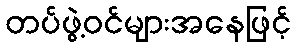
တပ်ဖွဲ့ဝင်များအနေဖြင့်